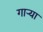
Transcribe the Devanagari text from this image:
गाऱ्या